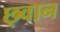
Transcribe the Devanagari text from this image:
छ्वान